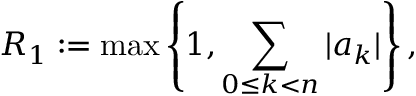
R _ { 1 } : = \operatorname* { m a x } \left\{ 1 , \sum _ { 0 \leq k < n } | a _ { k } | \right\} ,